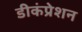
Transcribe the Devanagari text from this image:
डीकंप्रेशन